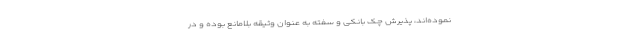
نموده‌اند، پذیرش چک بانکی و سفته به عنوان وثیقه بلامانع بوده و در